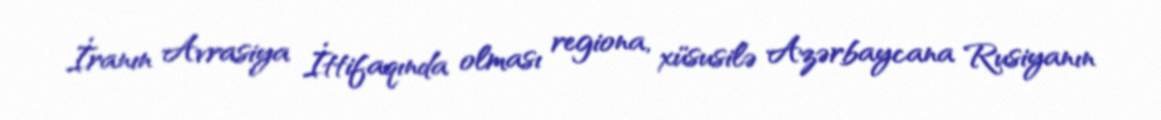
İranın Avrasiya İttifaqında olması regiona, xüsusilə Azərbaycana Rusiyanın